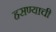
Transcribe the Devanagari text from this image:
हसण्याची